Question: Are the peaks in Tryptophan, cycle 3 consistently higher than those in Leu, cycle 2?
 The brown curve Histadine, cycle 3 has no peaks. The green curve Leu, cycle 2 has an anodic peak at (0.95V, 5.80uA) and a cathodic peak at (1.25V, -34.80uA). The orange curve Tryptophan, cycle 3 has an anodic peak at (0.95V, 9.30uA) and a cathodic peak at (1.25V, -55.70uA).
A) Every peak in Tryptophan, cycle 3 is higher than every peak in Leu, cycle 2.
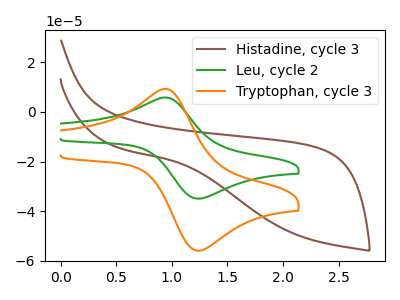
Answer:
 <answer>A) Every peak in "Tryptophan, cycle 3" is higher than every peak in "Leu, cycle 2".</answer>
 <eval>A</eval>